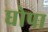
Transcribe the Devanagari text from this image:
घोपा